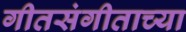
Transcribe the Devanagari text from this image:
गीतसंगीताच्या